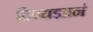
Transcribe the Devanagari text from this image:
दिव्यज्ञानं